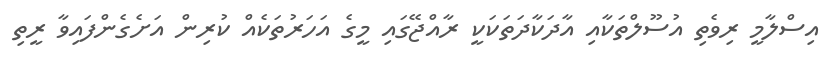
އިސްލާމީ ރިވެތި އުސޫލްތަކާއި އާދަކާދަތަކަކީ ރާއްޖޭގައި މީގެ އަހަރުތަކެއް ކުރިން އަށެގެންފައިވާ ރީތި